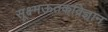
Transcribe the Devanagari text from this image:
सूक्ष्मऊतकविज्ञान